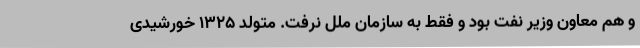
و هم معاون وزیر نفت بود و فقط به سازمان ملل نرفت. متولد 1325 خورشیدی